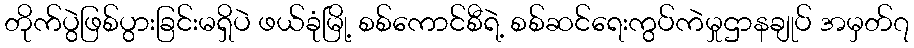
တိုက်ပွဲဖြစ်ပွားခြင်းမရှိပဲ ဖယ်ခုံမြို့ စစ်ကောင်စီရဲ့ စစ်ဆင်ရေးကွပ်ကဲမှုဌာနချုပ် အမှတ်၇